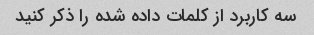
سه کاربرد از کلمات داده شده را ذکر کنید